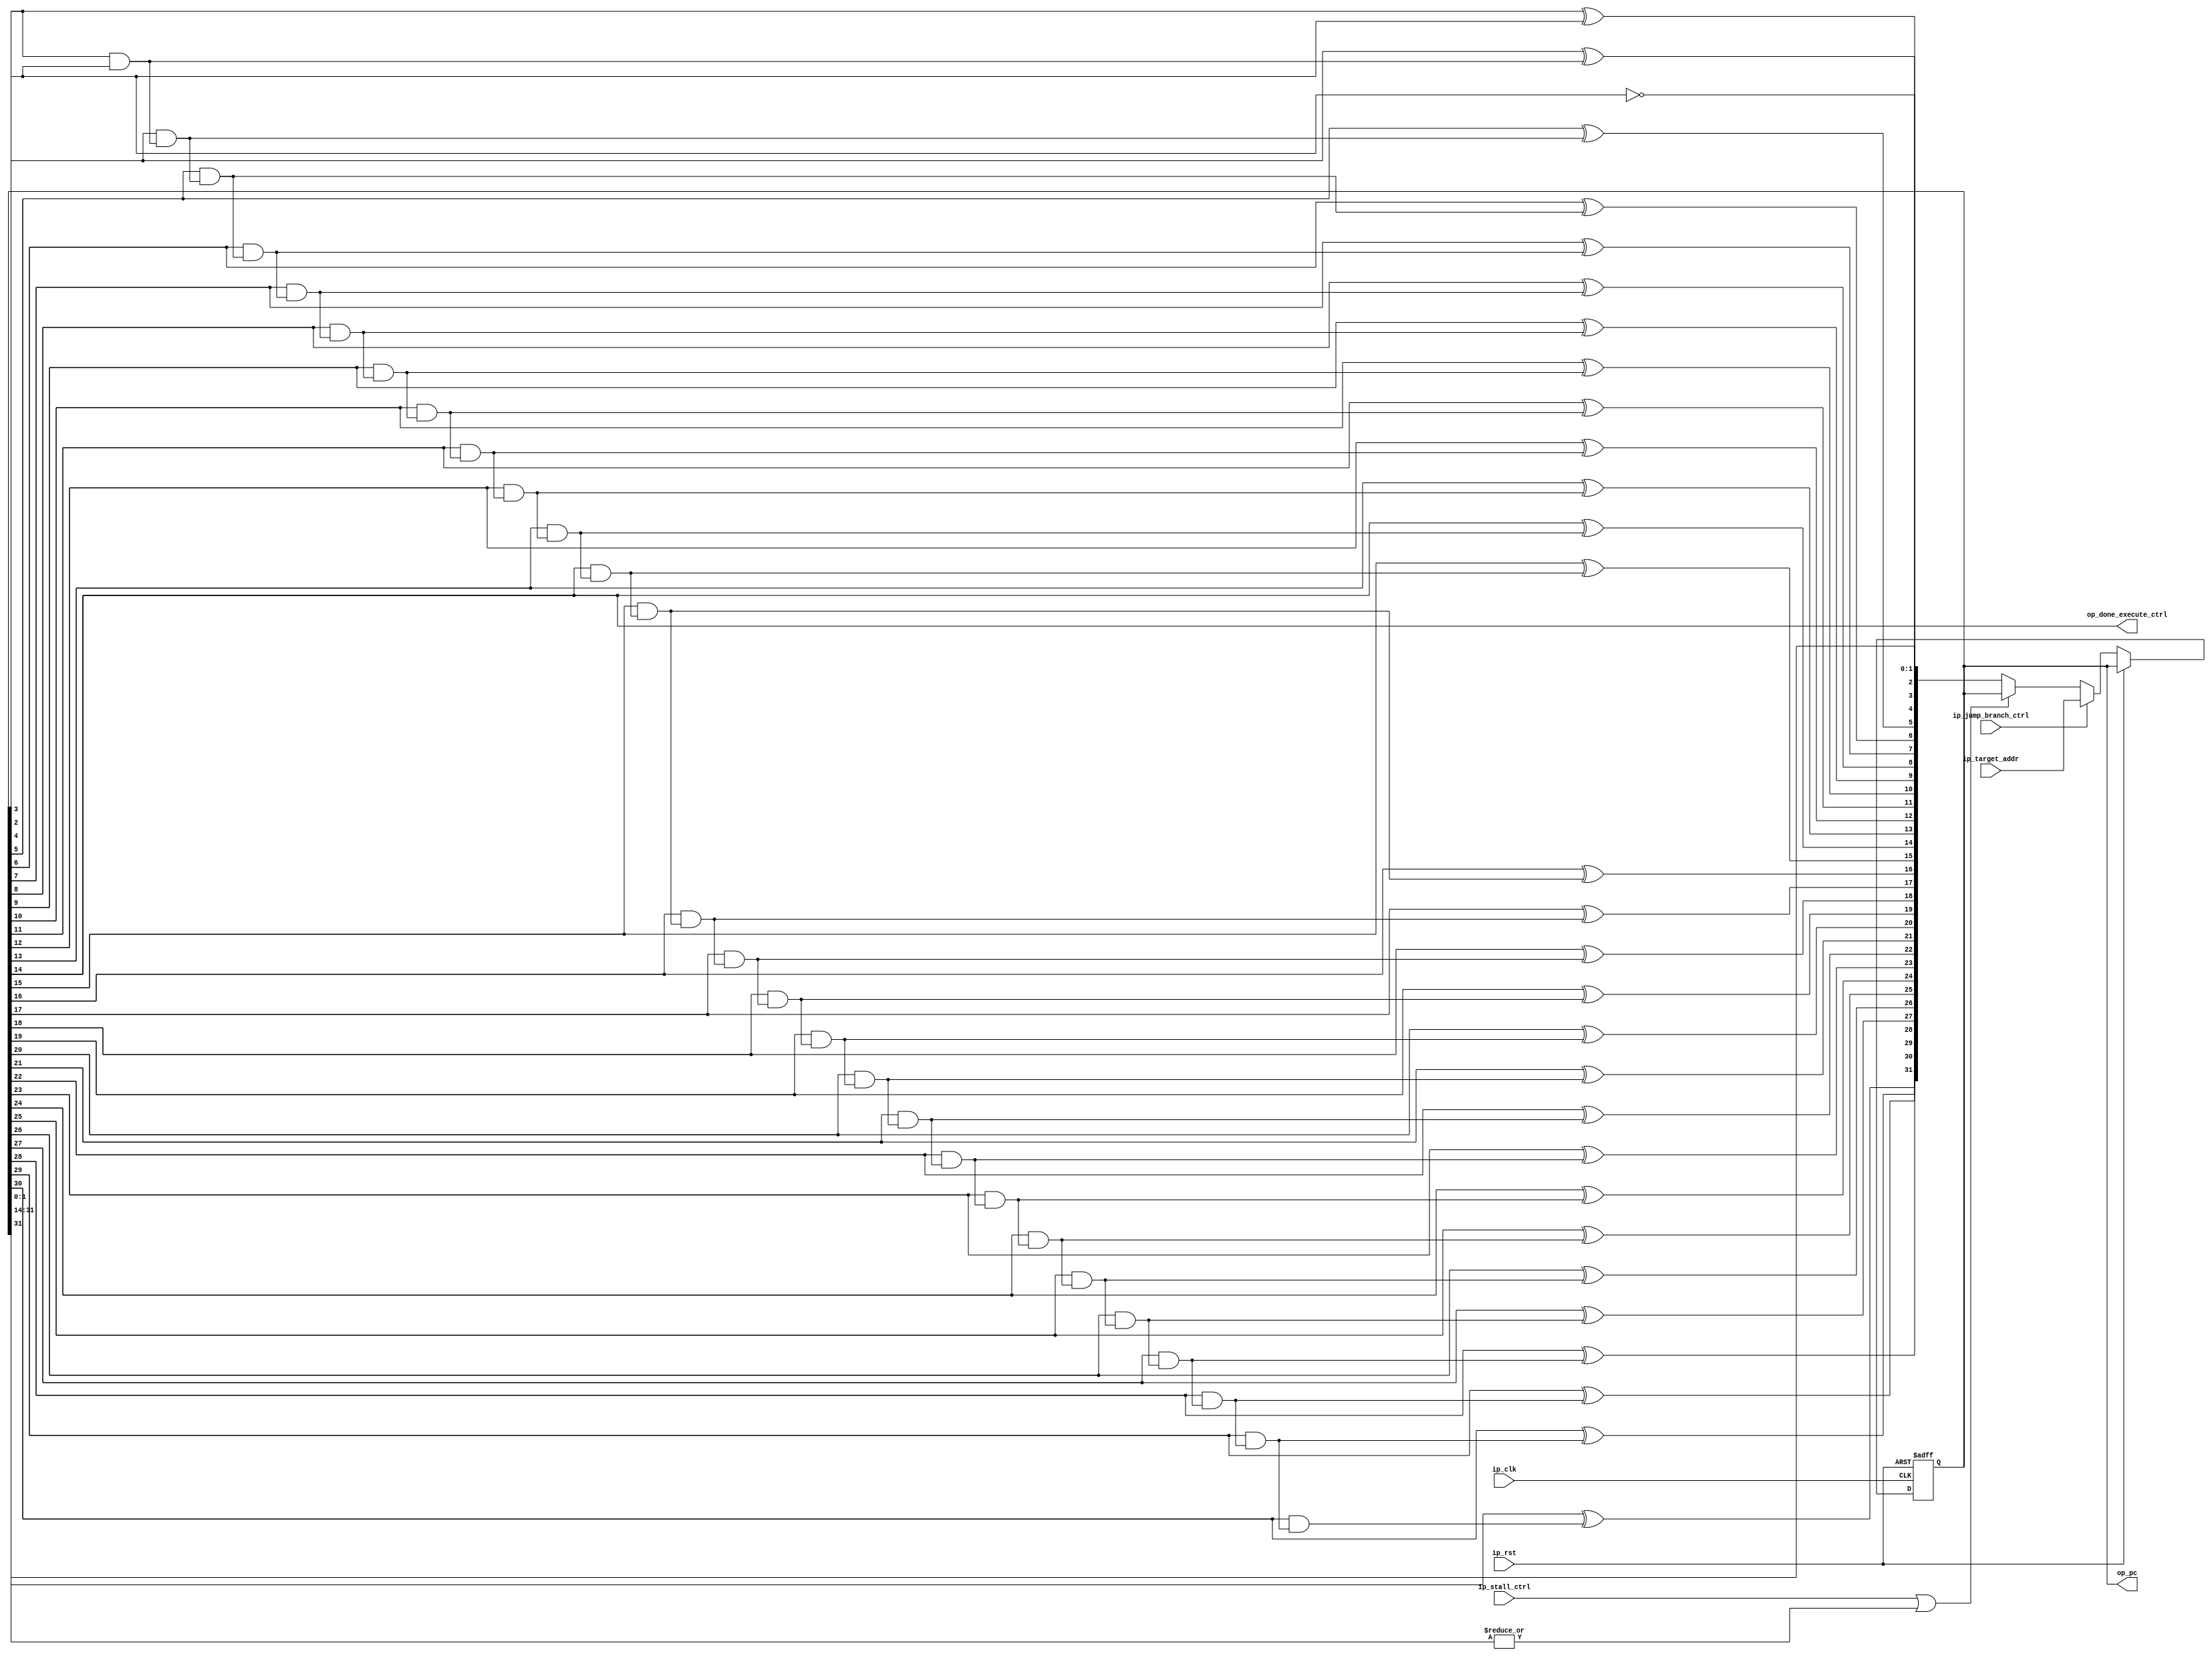
/**********************************************************************
Project: Develop 32-bit RISC-V Processor
Module: pc.v
Version: 1
Date Created: 1/7/2023
Created By: Lee Ang
Code Type: Verilog
Description: Program Counter
**********************************************************************/

`default_nettype none // to catch typing errors due to typo of signal names

module pc
#( // declare all the parameter needed
parameter initial_I_cache_addr = 32'h00000000 // initial user program instruction address
) 
( // declare all the input and output pin needed
	input wire ip_clk, ip_rst,
	input wire [31:0] ip_target_addr,
	input wire ip_stall_ctrl, ip_jump_branch_ctrl,
	output wire [31:0] op_pc,
	output wire op_done_execute_ctrl
);

// register
reg [31:0] pc; // program counter

// wire
wire [31:0] next_pc;  // next address (+4 byte)
wire [28:0] carry_bit_adder; // carry bit of pc + 4 adder
wire stall_ctrl; // stall control detection (if stall or pc reach to D-cache address)

// variable
genvar i; // for loop

// wire assignment
// PC + 4 adder
assign next_pc[1:0] = pc[1:0];
assign next_pc[2] = pc[2] ^ 1'b1;
assign carry_bit_adder[0] = pc[2] & 1'b1; // calculation of carry bit of adder
assign next_pc[3] = pc[3] ^ carry_bit_adder[0]; // calculation of result
generate
	for (i = 1; i < 29; i = i + 1) begin
		assign carry_bit_adder[i] = pc[i + 2] & carry_bit_adder[i - 1]; // calculation of carry bit of adder
		assign next_pc[i + 3] = pc[i + 3] ^ carry_bit_adder[i]; // calculation of result
	end
endgenerate

assign stall_ctrl = ip_stall_ctrl | (|pc[31:14]); // stall control detection (if stall or pc is out of range of I-cache address)

// program counter
always @(posedge ip_clk or posedge ip_rst) begin
	if (ip_rst == 1'b1) begin // if reset
		pc[31:0] = initial_I_cache_addr; // reset to default value
	end

	else if (ip_rst == 1'b0) begin // if no reset
		if (ip_jump_branch_ctrl == 1'b1) begin // if jump or branch to target instruction address
			pc[31:0] <= ip_target_addr[31:0]; // update pc to target address
		end
		
		else if (ip_jump_branch_ctrl == 1'b0) begin // if branch to next instruction address
			if (stall_ctrl == 1'b1) begin // if stalling
				pc[31:0] <= pc[31:0]; // remain the pc
			end
		
			else if (stall_ctrl == 1'b0) begin // if not stalling
				pc[31:0] <= next_pc[31:0]; // instruction address + 4 in 32-bit Adder
			end
		end
	end
end

// output result
assign op_pc[31:0] = pc[31:0]; // output current pc
assign op_done_execute_ctrl = pc[14]; // stall the core if reach to last instruction detection

endmodule